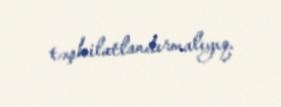
təşkilatlandırmalıyıq.